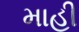
માહી